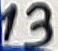
Text: 13